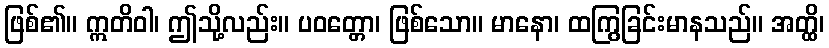
ဖြစ်၏။ ဣတိဝါ၊ ဤသို့လည်း။ ပဝတ္တော၊ ဖြစ်သော။ မာနော၊ ထကြွခြင်းမာနသည်။ အတ္ထိ၊